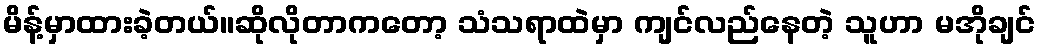
မိန့်မှာထားခဲ့တယ်။ဆိုလိုတာကတော့ သံသရာထဲမှာ ကျင်လည်နေတဲ့ သူဟာ မအိုချင်